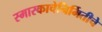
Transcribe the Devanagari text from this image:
स्मारकाचेनिर्मितीचे